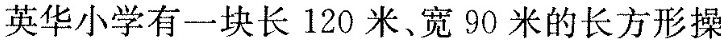
英华小学有一块长120米、宽90米的长方形操